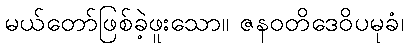
မယ်တော်ဖြစ်ခဲ့ဖူးသော။ ဇနဝတိဒေဝိပမုခံ၊